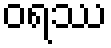
ဝရဿ